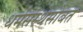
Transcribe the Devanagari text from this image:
धर्मसंस्थेसोबत